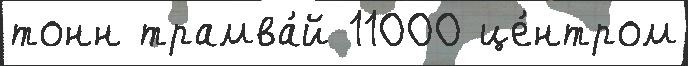
тонн трамва́й 11000 це́нтром